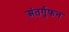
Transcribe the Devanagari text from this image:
अंतर्गुफन